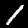
Label: 1